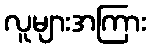
လူများအကြား